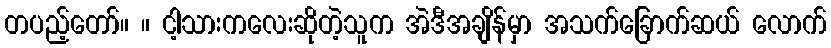
တပည့်တော်။ ။ ငါ့သားကလေးဆိုတဲ့သူက အဲဒီအချိန်မှာ အသက်ခြောက်ဆယ် လောက်